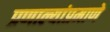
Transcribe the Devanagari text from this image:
प्रणाल्यांप्रमाणे